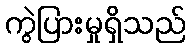
ကွဲပြားမှုရှိသည်